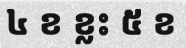
៤ ខ ខ្លះ ៥ ខ